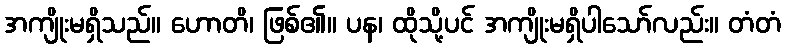
အကျိုးမရှိသည်။ ဟောတိ၊ ဖြစ်၏။ ပန၊ ထိုသို့ပင် အကျိုးမရှိပါသော်လည်း။ တံတံ